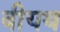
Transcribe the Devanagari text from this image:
वीयथ